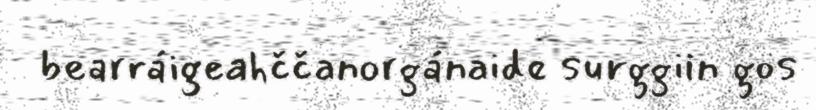
bearráigeahččanorgánaide surggiin gos